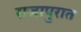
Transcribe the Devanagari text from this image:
राजापुरात